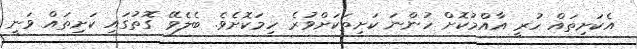
އެކަށިތައް ހުރީ އާއްމުކޮށް ހުންނަ ކަށިތަކަށްވުރެ ހިމަކޮށެވެ. ބެލެވޭ ގޮތުގައި ކަށިތައް ވަނީ